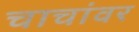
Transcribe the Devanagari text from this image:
चाचांवर